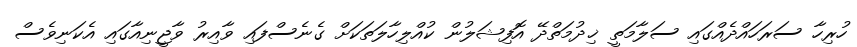
ހުރިހާ ސަރަހައްދެއްގައި ސަލާމަތީ ޚިދުމަތްދޭ އޮފިޝަލުން ކުއްލިހާލަތަކަށް ގެނެސްފައި ވާއިރު ވާޖީނިއާގައި އެކަނިވެސް